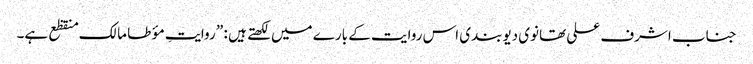
جناب اشرف علی تھانوی دیوبندی اس روایت کے بارے میں لکھتے ہیں : ” روایتِ مؤ طا مالک منقظع ہے۔